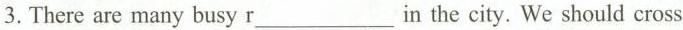
3. There are many busy r___in the city. We should cross